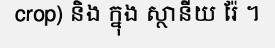
crop) និង ក្នុង ស្ថានីយ រ៉ែ ។